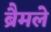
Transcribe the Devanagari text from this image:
ब्रैमले